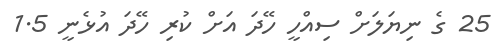
25 ގެ ނިޔަލަށް ސިއްހީ ހޭދަ އަށް ކުރި ހޭދަ އުޅެނީ 1.5